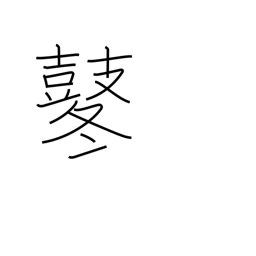
Meaning: beating of drums